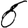
Digit: 6